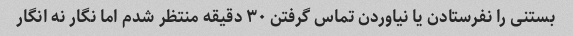
بستنی را نفرستادن یا نیاوردن تماس گرفتن ۳۰ دقیقه منتظر شدم اما نگار نه انگار